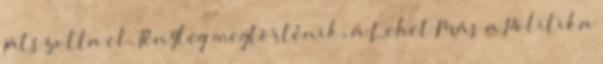
játszotta el. Tényleg megtörténik, a Lehet Más a Politika